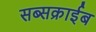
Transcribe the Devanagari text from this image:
सब्सक्राईब